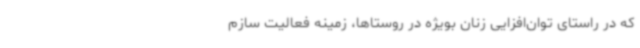
که در راستای توان‌افزایی زنان بویژه در روستاها، زمینه فعالیت سازم